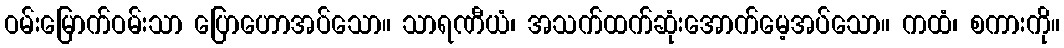
ဝမ်းမြောက်ဝမ်းသာ ပြောဟောအပ်သော။ သာရဏီယံ၊ အသက်ထက်ဆုံးအောက်မေ့အပ်သော။ ကထံ၊ စကားကို။